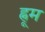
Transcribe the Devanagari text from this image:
ह्नूम